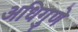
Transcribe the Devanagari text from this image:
अधिगुणे